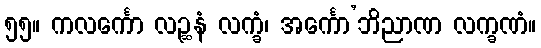
၅၅။ ကလင်္ကော လဉ္ဆနံ လက္ခံ၊ အင်္ကော’ဘိညာဏ လက္ခဏံ။